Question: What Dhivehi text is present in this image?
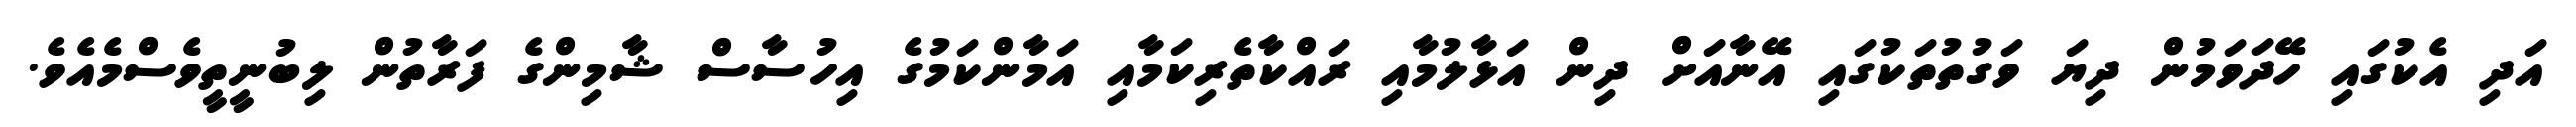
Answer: އަދި އެކުގައި ހޭދަވަމުން ދިޔަ ވަގުތުތަކުގައި އޭނާއަށް ދިން އަޅާލުމާއި ރައްކާތެރިކަމާއި އަމާންކަމުގެ އިހުސާސް ޝާމިންގެ ފަރާތުން ލިބުނީތީވެސްމެއެވެ.